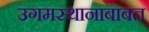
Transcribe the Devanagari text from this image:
उगमस्थानाबाबत